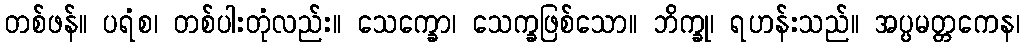
တစ်ဖန်။ ပရံစ၊ တစ်ပါးတုံလည်း။ သေက္ခော၊ သေက္ခဖြစ်သော။ ဘိက္ခု၊ ရဟန်းသည်။ အပ္ပမတ္တကေန၊